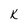
Character: k